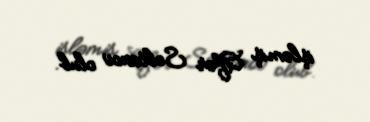
işləmiş Afər Soltanov olub.